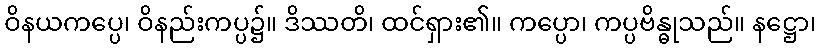
ဝိနယကပ္ပေ၊ ဝိနည်းကပ္ပ၌။ ဒိဿတိ၊ ထင်ရှား၏။ ကပ္ပော၊ ကပ္ပဗိန္ဓုသည်။ နဋ္ဌော၊